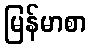
မြန်မာစာ